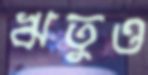
ঋতুও